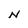
Character: N